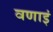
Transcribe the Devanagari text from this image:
वणाइं